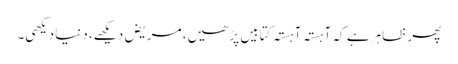
پھر ظاہر ہے کہ آہستہ آہستہ کتابیں پڑھیں، مریض دیکھے، دنیا دیکھی۔